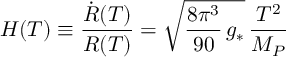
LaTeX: H ( T ) \equiv \frac { \dot { R } ( T ) } { R ( T ) } = \sqrt { \frac { 8 \pi ^ { 3 } } { 9 0 } \, g _ { * } } \, \frac { T ^ { 2 } } { M _ { P } }